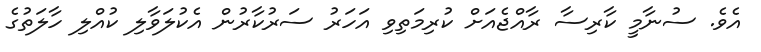
އެެވެ. ސުނާމީ ކާރިސާ ރާއްޖެއަށް ކުރިމަތިވި އަހަރު ސަރުކާރުން އެކުލަވާލި ކުއްލި ހާލަތުގެ